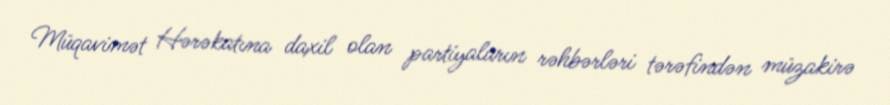
Müqavimət Hərəkatına daxil olan partiyaların rəhbərləri tərəfindən müzakirə